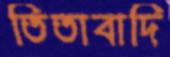
তিতাবাদি